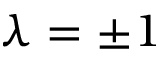
\lambda = \pm 1